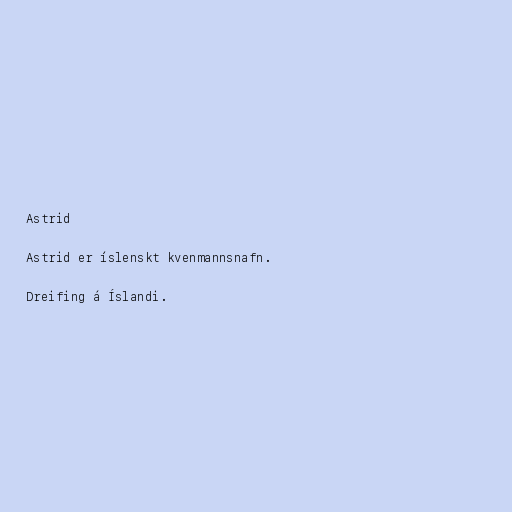
Astrid

Astrid er íslenskt kvenmannsnafn.

Dreifing á Íslandi.